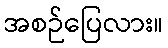
အစဉ်ပြေလား။